Subject: math
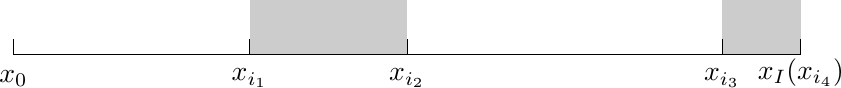
LaTeX code:
			\begin{tikzpicture}
				\draw[-] (-5,0) -- (5,0);
				\foreach \i in {1,4,6,10,11} {\draw[-] (-6+\i,0)--(-6+\i,0.2);}
				\node at (-5,-0.3) {$x_0$};
				\node at (-2,-0.3) {$x_{i_1}$};
				\node at (0,-0.3) {$x_{i_2}$};
				\node at (4,-0.3) {$x_{i_3}$};
				\node at (5,-0.23) {$x_I(x_{i_4})$};
				\fill[fill=black,opacity=0.2](-2,0) rectangle (0,0.7);
				\fill[fill=black,opacity=0.2](4,0) rectangle (5,0.7);
			\end{tikzpicture}